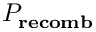
P _ { \mathbf { r e c o m b } }